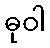
ဓုဝါ